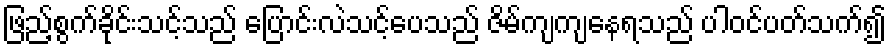
ဖြည့်စွက်ခိုင်းသင့်သည် ပြောင်းလဲသင့်ပေသည် ဇိမ်ကျကျနေရသည် ပါဝင်ပတ်သက်၍